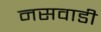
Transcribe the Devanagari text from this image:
नसवाडी